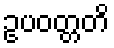
ဥပဝတ္တတိ